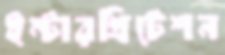
ইন্টারপ্রিটেশন